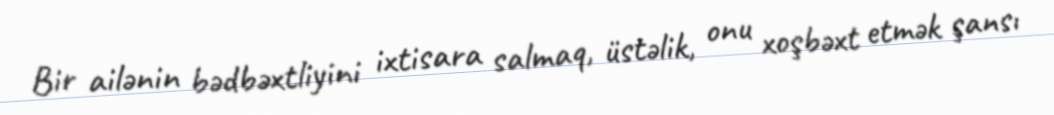
Bir ailənin bədbəxtliyini ixtisara salmaq, üstəlik, onu xoşbəxt etmək şansı